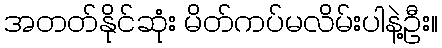
အတတ်နိုင်ဆုံး မိတ်ကပ်မလိမ်းပါနဲ့ဦး။